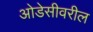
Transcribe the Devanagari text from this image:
ओडेसीवरील